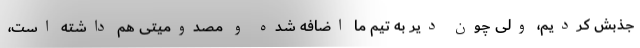
جذبش کردیم، ولی چون دیر به تیم ما اضافه شده و مصدومیتی هم داشته است،